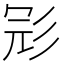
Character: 𢒎